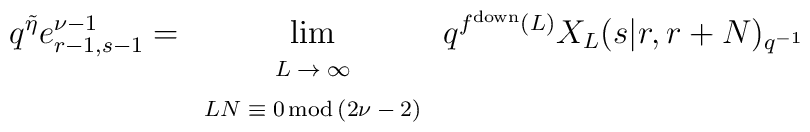
q^{\tilde{\eta}}e_{r-1,s-1}^{\nu-1}=\lim_{\begin{tabular}{c} {\scriptsize $L\rightarrow \infty$}\\ {\scriptsize $ LN \equiv 0 \, {\rm mod}\, (2\nu-2)$}\end{tabular}}q^{f^{\rm down}(L)}X_{L}(s|r,r+N)_{q^{-1}}